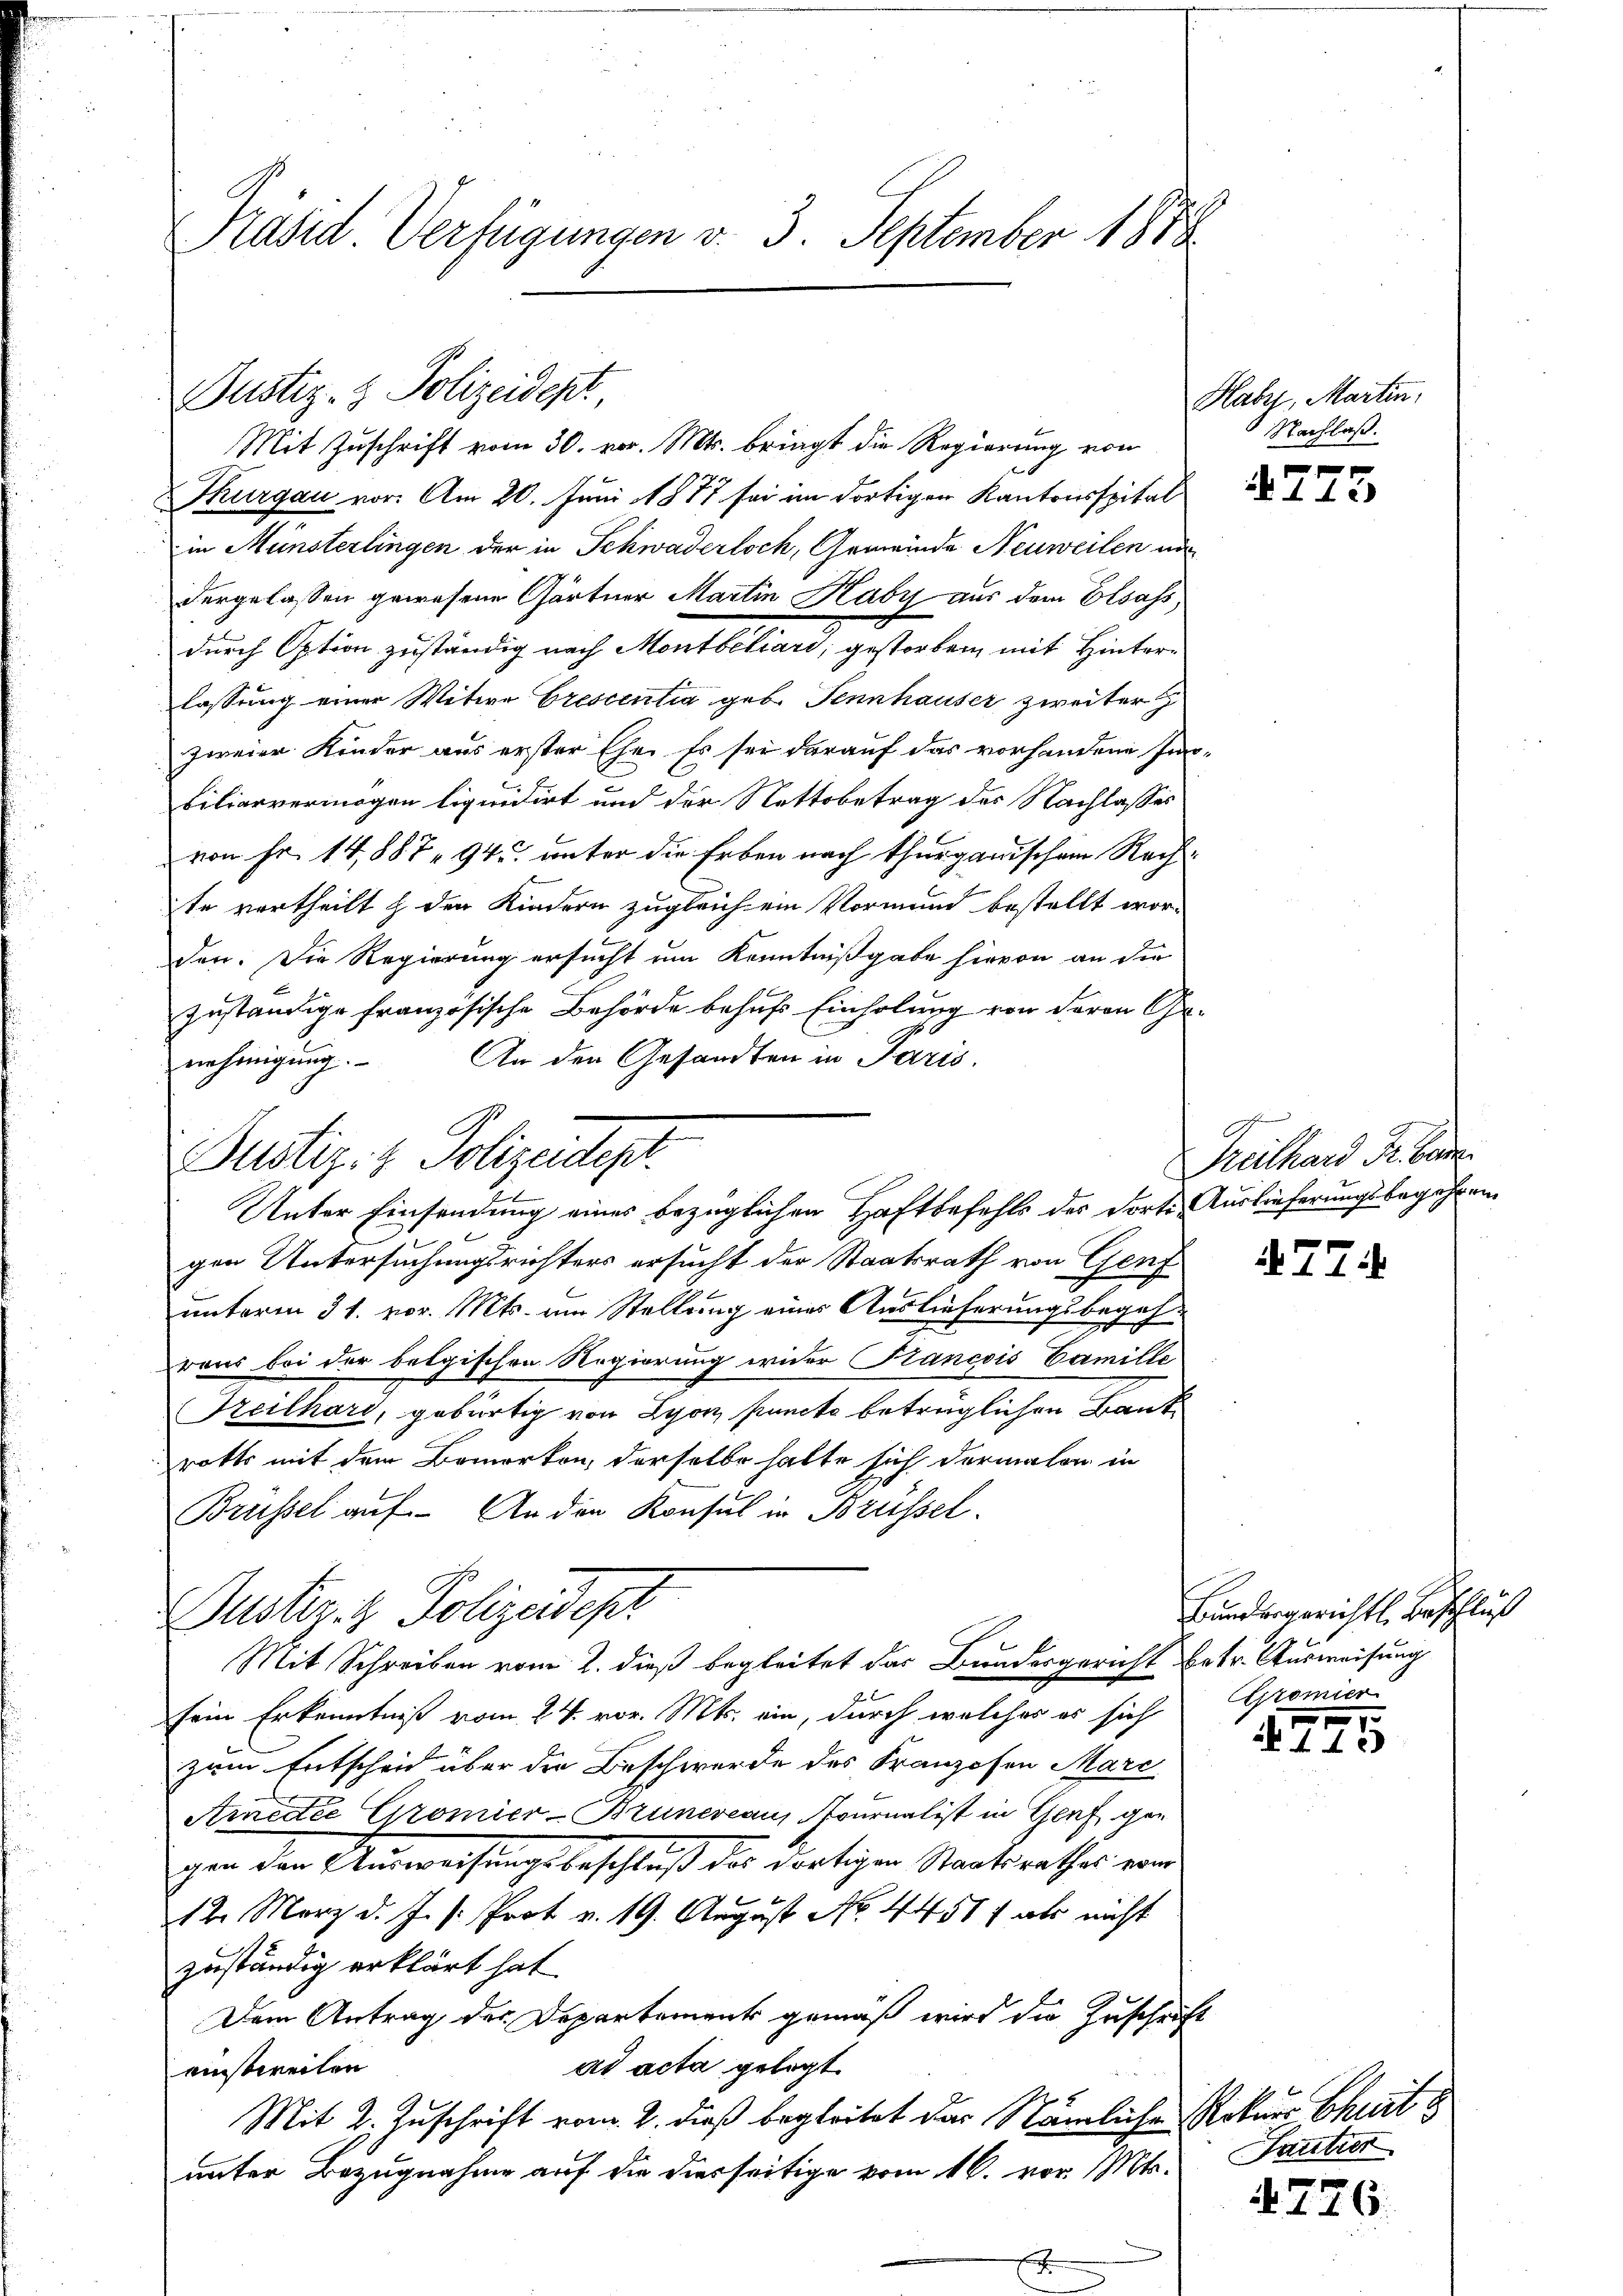
Kasid Verfügungen v. 3. September 1878

Justiz- & Polizeidept

Mit Zuschrift vom 30. vor. Mts. bringt die Regierung von
0
Thurgau vor. Am 20. Juni 1877 sei im dortigen Kantonsspital
in Münsterlingen der in Schwaderloch, Gemeinde Neuweilen au
dergelassen gewesene Gärtner Martin Haby aus dem Elsass,
durch Option zuständig nach Montbiliari; gestorben mit Hinterlassung einer Witwe Crescentia geb. Fennhauser zweiter
zweier Kinder aus erster Ehe. Es sei darauf das vorhandene In-
biliarvermögen liquidirt und der Nettobetrag des Nachlasses
von Fr. 14,887, 94 unter die Erben nach thurganischen Rechte vertheilt & den Kindern zugleich ein Vormund bestellt wor-
den. Die Regierung ersucht um Kenntnißgabe hievon an die
zuständige französische Behörde behufs Einholung von deren Ge¬
An den Gesandten in Paris.
nehmigŭng.

Justiz- & Polizeidep
Unter Einsendung eines bezüglichen Haftbefehls des dorte Auslieferungsbegehreng

Justiz- & Polizeidest
Mit Schreiben vom 2. dieß begleitet das Bundesgericht betr. Ausweisung

gen Untersuchungsrichters ersucht der Staatsrath von Genf
unterm 31. vor. Mts. am Stellung eines Auslieferungsbegehraus bei der belgischen Regierung wider Francois Eamille
Feilhard, gebürtig von Lyon puncto beträglichen Baut
rotts mit dem Bemerken, derselbe halte sich dermalen in
Brüssel auf. An den Konsul in Brüssel.
sein Erkenntniß vom 24. vor. Mts. ein, durch welches es sich Gromier
zum Entscheid über die Beschwerde des Franzosen Marc
Ainectée Gromier-Bruneveau, Nournalist in Graf gegen den Anweisungsbeschluß des dortigen Staatsrathes von
12. März d. J. s. Prot v. 19. August No. 4451) als nicht
zuständig erklärt hat.
Dem Antrag der Departements gemäß wird die Zuschrift
ad acta gelegt
einstweilen
Mit 2. Zuschrift vom 2. dieß begleitet das Nämliche Rekurs Charte
unter Bezugnahme auf die diesseitige vom 16. vor. Mts.

Haby, Martin,
Nachlaß.

e
2112)

Treithard Fr. be

77.

Bundergerichtl. Beschluß
1

2112)

Tantier

4776.